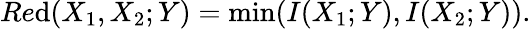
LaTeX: Re\mathrm{d}(X_{1},X_{2};Y)=\operatorname*{min}(I(X_{1};Y),I(X_{2};Y)).